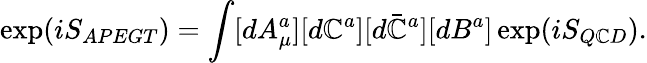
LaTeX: \exp(iS_{APEGT})=\int[dA_{\mu}^{a}][d\mathbb{C}^{a}][d\bar{{\mathbb{C}}}^{a}][dB^{a}]\exp(iS_{Q\mathbb{C}D}).